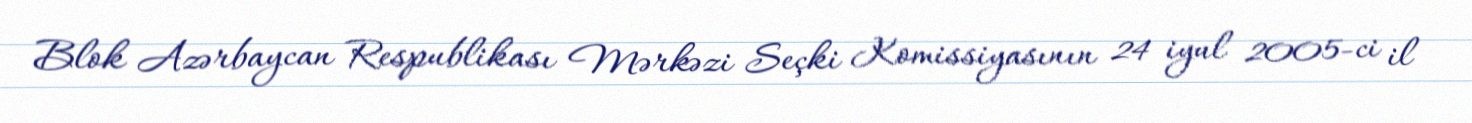
Blok Azərbaycan Respublikası Mərkəzi Seçki Komissiyasının 24 iyul 2005-ci il